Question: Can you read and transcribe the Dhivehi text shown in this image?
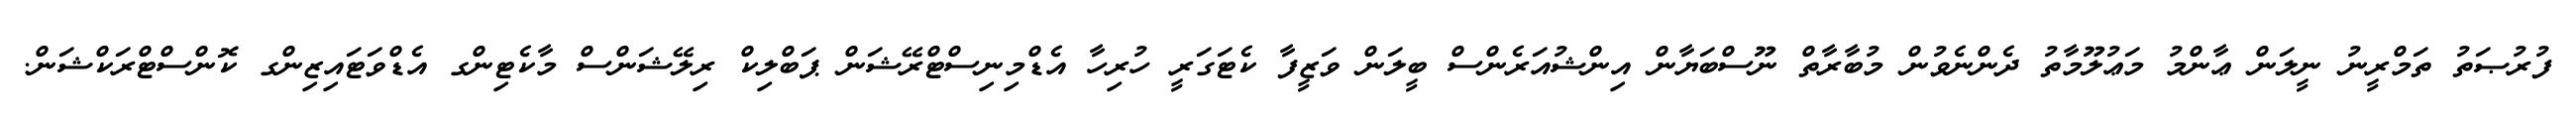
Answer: ފުރުޞަތު ތަމްރީނު ނީލަން ޢާންމު މަޢުލޫމާތު ދެންނެވުން މުބާރާތް ނޫސްބަޔާން އިންޝުއަރެންސް ބީލަން ވަޒީފާ ކެޓަގަރީ ހުރިހާ އެޑްމިނިސްޓްރޭޝަން ޕަބްލިކް ރިލޭޝަންސް މާކެޓިންގ އެޑްވަޓައިޒިންގ ކޮންސްޓްރަކްޝަން.